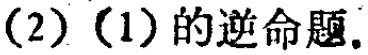
(2) (1) 的逆命题.